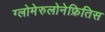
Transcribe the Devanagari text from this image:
ग्लोमेरुलोनेफ्रितिस